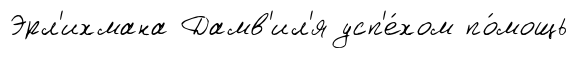
Эрл'ихмана Дамв'ил'я усп'е́хом по́мощь